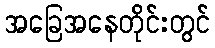
အခြေအနေတိုင်းတွင်